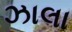
ઝાલા